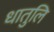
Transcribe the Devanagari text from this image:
धातुलि